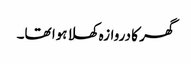
گھر کا دروازہ کھلا ہوا تھا۔